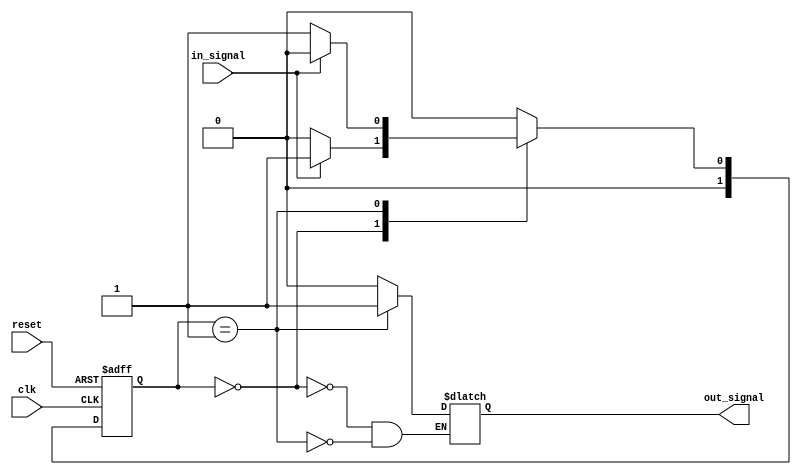
module fsm (
    input wire clk,
    input wire reset,
    input wire in_signal,
    output reg out_signal
);

// Define states
parameter STATE_A = 2'b00;
parameter STATE_B = 2'b01;

// Define current state register
reg [1:0] current_state;
// Define next state logic
reg [1:0] next_state;

// State transition rules
always @ (posedge clk or posedge reset)
begin
    if (reset)
        current_state <= STATE_A;
    else
        current_state <= next_state;
end

// Define state transitions and output actions
always @*
begin
    case (current_state)
        STATE_A: begin
            if (in_signal)
                next_state = STATE_B;
            else
                next_state = STATE_A;
            out_signal = 1'b0; // Output actions for STATE_A
        end
        STATE_B: begin
            if (in_signal)
                next_state = STATE_A;
            else
                next_state = STATE_B;
            out_signal = 1'b1; // Output actions for STATE_B
        end
        default: next_state = STATE_A;
    endcase
end

endmodule